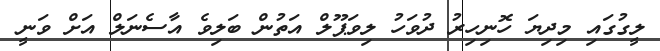
ލީގުގައި މިދިޔަ ހޮނިހިރު ދުވަހު ލިވަޕޫލް އަތުން ބަލިވެ އާސެނަލް އަށް ވަނީ